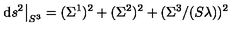
\mathrm { d } s ^ { 2 } \big \vert _ { S ^ { 3 } } = ( \Sigma ^ { 1 } ) ^ { 2 } + ( \Sigma ^ { 2 } ) ^ { 2 } + ( \Sigma ^ { 3 } / ( S \lambda ) ) ^ { 2 }